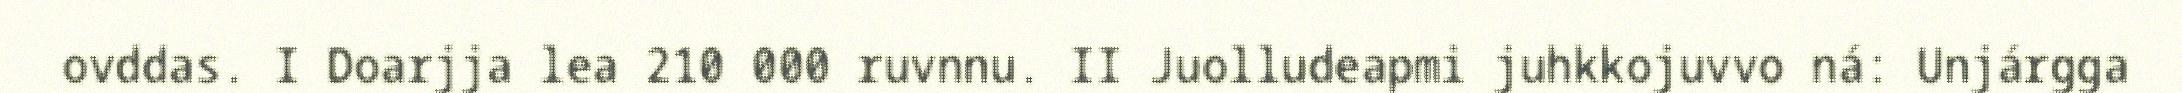
ovddas. I Doarjja lea 210 000 ruvnnu. II Juolludeapmi juhkkojuvvo ná: Unjárgga